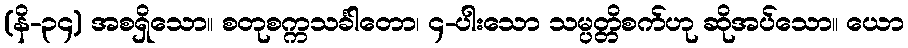
(နိ-၃၄) အစရှိသော။ စတုစက္ကသင်္ခါတော၊ ၄-ပါးသော သမ္ပတ္တိစက်ဟု ဆိုအပ်သော။ ယော